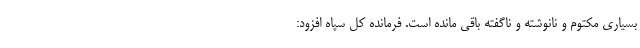
بسیاری مکتوم و نانوشته و ناگفته باقی مانده است. فرمانده کل سپاه افزود: